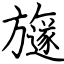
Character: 旞